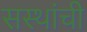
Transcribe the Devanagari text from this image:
सस्थांची